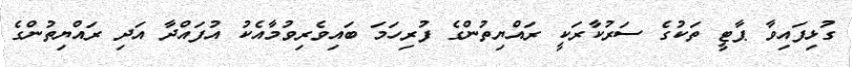
ގުޅިފައިވާ ޕާޓީ ތަކުގެ ސަރުކާރަކީ ރައްޔިތުންގެ ފުރިހަމަ ބައިވެރިވުމާއެކު އުފައްދާ އަދި ރައްޔިތުންގެ